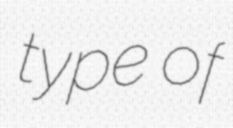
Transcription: type of